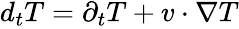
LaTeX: \begin{array}{r}{d_{t}T=\partial_{t}T+v\cdot\nabla T}\end{array}